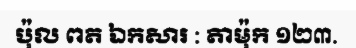
ប៉ុល ពត ឯកសារ : តាម៉ុក ១២៣.